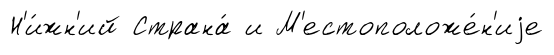
Н'и́жн'ий Страна́ и М'естоположе́н'иjе